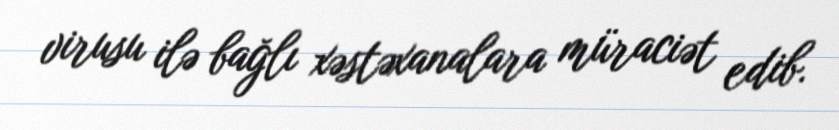
virusu ilə bağlı xəstəxanalara müraciət edib.